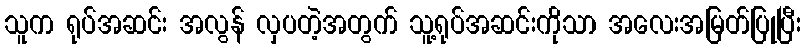
သူက ရုပ်အဆင်း အလွန် လှပတဲ့အတွက် သူ့ရုပ်အဆင်းကိုသာ အလေးအမြတ်ပြုပြီး